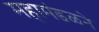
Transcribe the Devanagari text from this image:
महामंडळने